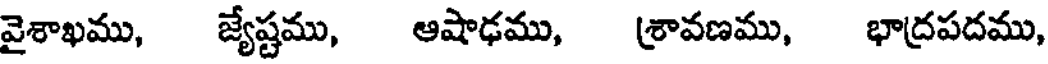
వైశాఖము, జ్యేష్టము, ఆషాఢము, శ్రావణము, భాద్రపదము,